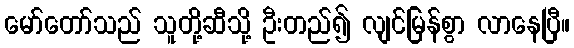
မော်တော်သည် သူတို့ဆီသို့ ဦးတည်၍ လျင်မြန်စွာ လာနေပြီ။